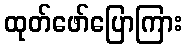
ထုတ်ဖော်ပြောကြား